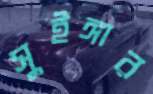
সুইঙ্গার